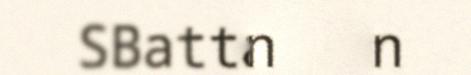
SBatta fan